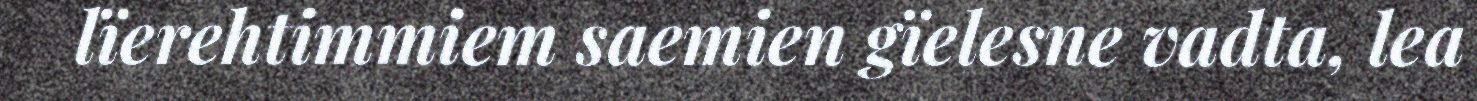
lïerehtimmiem saemien gïelesne vadta, lea